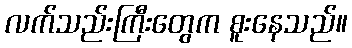
လက်သည်းကြီးတွေက စူးနေသည်။